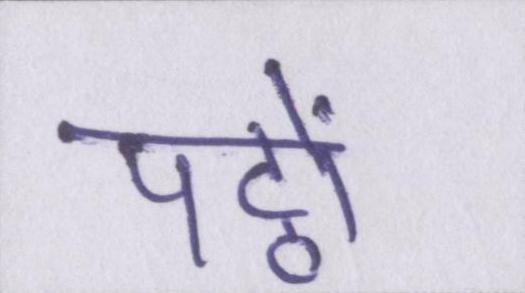
पट्ठों